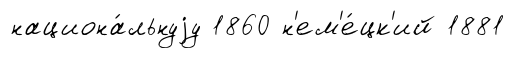
национа́льнуjу 1860 н'ем'е́цк'ий 1881